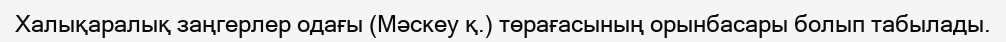
Халықаралық заңгерлер одағы (Мәскеу қ.) төрағасының орынбасары болып табылады.